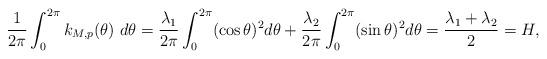
LaTeX: \begin{align*} \frac{1}{2\pi}\int_{0}^{2\pi}k_{M,p}(\theta) \ d\theta = \frac{\lambda_1}{2\pi}\int_{0}^{2\pi}(\cos\theta)^2d\theta + \frac{\lambda_2}{2\pi}\int_0^{2\pi}(\sin\theta)^2d\theta = \frac{\lambda_1+\lambda_2}{2} = H,\end{align*}